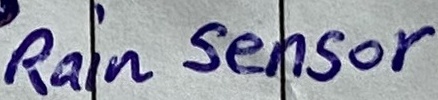
Text: Rain Sensor